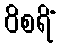
ဝိစရိံ